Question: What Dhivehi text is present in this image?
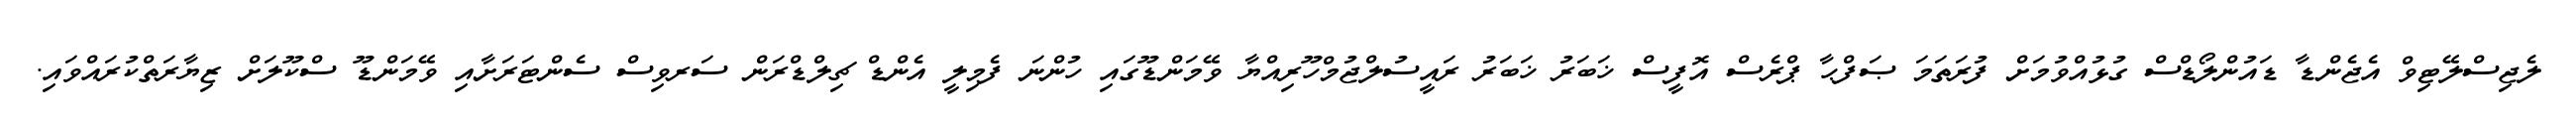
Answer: ލެޖިސްލޭޓިވް އެޖެންޑާ ޑައުންލޯޑްސް ގުޅުއްވުމަށް ފުރަތަމަ ޞަފްޙާ ޕްރެސް އޮފީސް ޚަބަރު ޚަބަރު ރައީސުލްޖުމްހޫރިއްޔާ ވޭމަންޑޫގައި ހުންނަ ފެމިލީ އެންޑް ޗިލްޑްރަން ސަރވިސް ސެންޓަރަށާއި ވޭމަންޑޫ ސްކޫލަށް ޒިޔާރަތްކުރައްވައި.